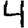
Digit: 4